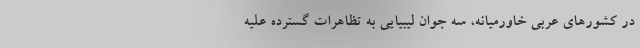
در کشورهای عربی خاورمیانه، سه جوان لیبیایی به تظاهرات گسترده علیه